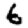
Digit: 6